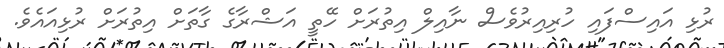
ރުޅި އައިސްފައި ހުރިއިރުވެސް ނާއިލް އިތުރަށް ހޭތީ އަޝްރާގެ ގާތަށް އިތުރަށް ރުޅިއައެވެ.